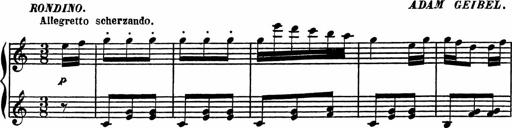
Title: 4 Piano Sonatinas
Composer: Adam Geibel